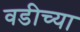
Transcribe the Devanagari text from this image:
वडीच्या